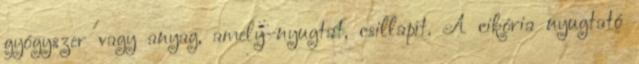
gyógyszer vagy anyag, amely nyugtat, csillapít. A cikória nyugtató